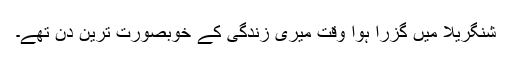
شنگریلا میں گزرا ہوا وقت میری زندگی کے خوبصورت ترین دن تھے۔